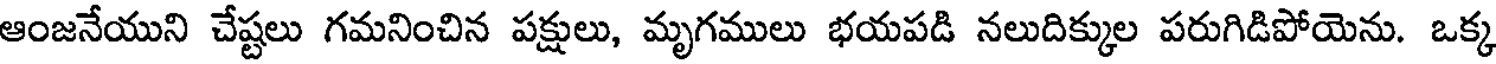
ఆంజనేయుని చేష్టలు గమనించిన పక్షులు, మృగములు భయపడి నలుదిక్కుల పరుగిడిపోయెను. ఒక్క